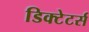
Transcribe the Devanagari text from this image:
डिक्टेटर्स